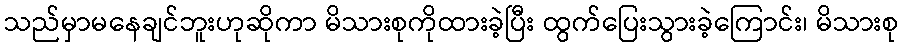
သည်မှာမနေချင်ဘူးဟုဆိုကာ မိသားစုကိုထားခဲ့ပြီး ထွက်ပြေးသွားခဲ့ကြောင်း၊ မိသားစု